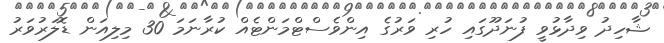
ޝާހިދު ވިދާޅުވީ ފުނަދޫގައި ހުރި ވަރުގެ އިންވެސްޓްމަންޓެއް ކުރާނަމަ 30 މިލިއަން ޑޮލަރުވަރު